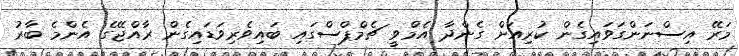
މަރޭ އިސްނަންގަވައިގެން ކުރިއަށް ގެންދާ އެމްވީ ޗެމްޕްސްގައި ބައިވެރިވަޑައިގެން ރާއްޖޭގެ އެންމެ ބާރު